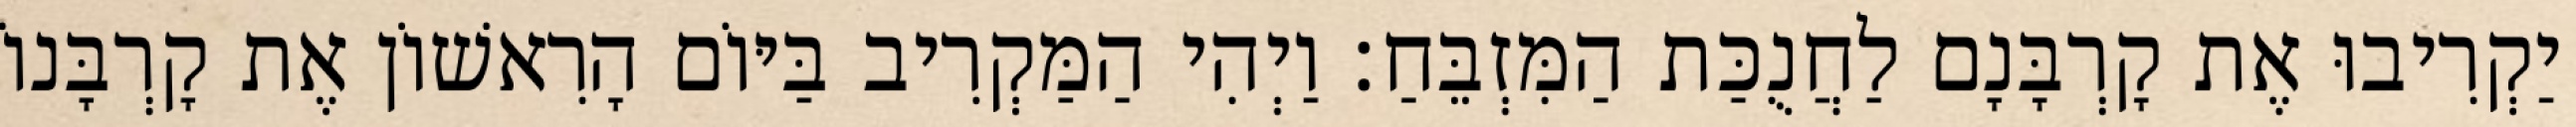
יַקְרִיבוּ אֶת קָרְבָּנָם לַחֲנֻכַּת הַמִּזְבֵּחַ׃ וַיְהִי הַמַּקְרִיב בַּיּוֹם הָרִאשׁוֹן אֶת קָרְבָּנוֹ